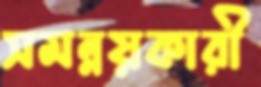
সমন্নয়কারী